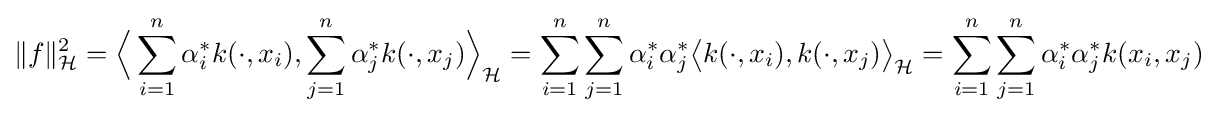
\|f\|_{\mathcal {H}}^{2}={\Big \langle }\sum _{i=1}^{n}\alpha _{i}^{*}k(\cdot ,x_{i}),\sum _{j=1}^{n}\alpha _{j}^{*}k(\cdot ,x_{j}){\Big \rangle }_{\mathcal {H}}=\sum _{i=1}^{n}\sum _{j=1}^{n}\alpha _{i}^{*}\alpha _{j}^{*}{\big \langle }k(\cdot ,x_{i}),k(\cdot ,x_{j}){\big \rangle }_{\mathcal {H}}=\sum _{i=1}^{n}\sum _{j=1}^{n}\alpha _{i}^{*}\alpha _{j}^{*}k(x_{i},x_{j})